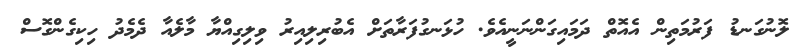
ލޮނުގަނޑު ފަރުމަތިން އެއޮތް ދަމައިގަންނަނީއެވެ. ހުޅަނގުފަރާތަށް އެބުރިލިއިރު ވިލިގިއްޔާ މާލެއާ ދެމެދު ހިކިގެންގޮސް